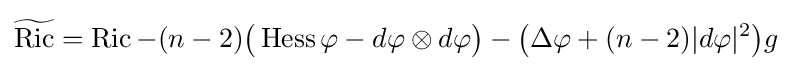
{\widetilde {\operatorname {Ric} }}=\operatorname {Ric} -(n-2){\big (}\operatorname {Hess} \varphi -d\varphi \otimes d\varphi {\big )}-{\big (}\Delta \varphi +(n-2)|d\varphi |^{2}{\big )}g